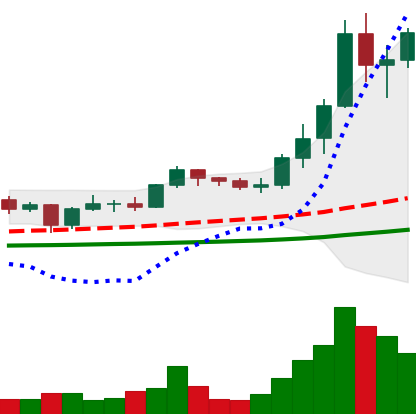
Ticker: ADA-USD
Chart end date: 2021-01-09
Forward return: -6.78%
Label: down_5_7